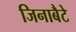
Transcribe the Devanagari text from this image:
जिनाबैटे